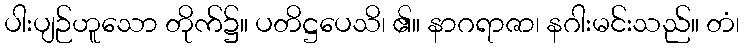
ပါးပျဉ်ဟူသော တိုက်၌။ ပတိဋ္ဌပေသိ၊ ၏။ နာဂရာဇာ၊ နဂါးမင်းသည်။ တံ၊